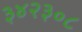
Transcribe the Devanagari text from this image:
३४२३०८